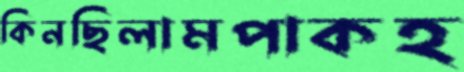
কিনছিলামপাকহ